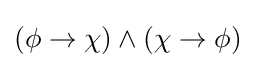
(\phi \to \chi )\land (\chi \to \phi )